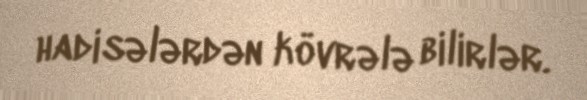
hadisələrdən kövrələ bilirlər.